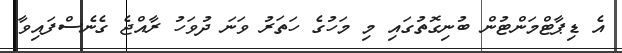
އެ ޑިޕާޓްމަންޓުން ބުނިގޮތުގައި މި މަހުގެ ހަތަރު ވަނަ ދުވަހު ރާއްޖެ ގެނެސްފައިވާ